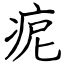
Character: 痆